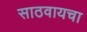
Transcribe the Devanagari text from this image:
साठवायचा